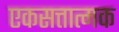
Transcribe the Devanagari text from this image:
एकसत्तात्मक